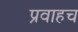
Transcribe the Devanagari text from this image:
प्रवाहच